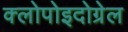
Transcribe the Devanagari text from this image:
क्लोपोइदोग्रेल